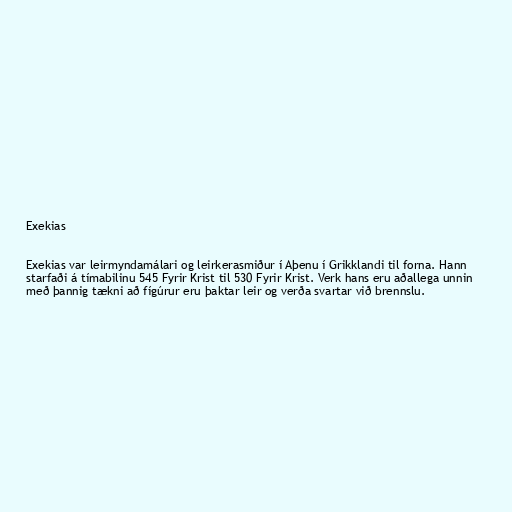
Exekias

Exekias var leirmyndamálari og leirkerasmiður í Aþenu í Grikklandi til forna. Hann
starfaði á tímabilinu 545 Fyrir Krist til 530 Fyrir Krist. Verk hans eru aðallega unnin
með þannig tækni að fígúrur eru þaktar leir og verða svartar við brennslu.